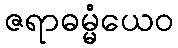
ဇရာဓမ္မံယေဝ